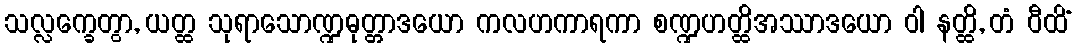
သလ္လက္ခေတွာ, ယတ္ထ သုရာသောဏ္ဍဓုတ္တာဒယော ကလဟကာရကာ စဏ္ဍဟတ္ထိအဿာဒယော ဝါ နတ္ထိ, တံ ဝီထိံ